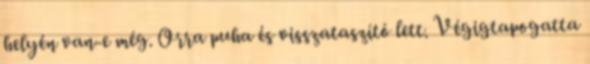
helyén van-e még. Orra puha és visszataszító lett. Végigtapogatta